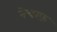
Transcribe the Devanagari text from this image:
नेचरफ़